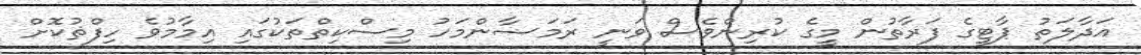
އަދާލަތު ޕާޓީގެ ފަރާތުން މީގެ ކުރިންވެސް ވަނީ ރަމަޟާންމަހު މިސްކިތްތަކުގައި އިމާމުވެ ހިފްޡުކޮށް